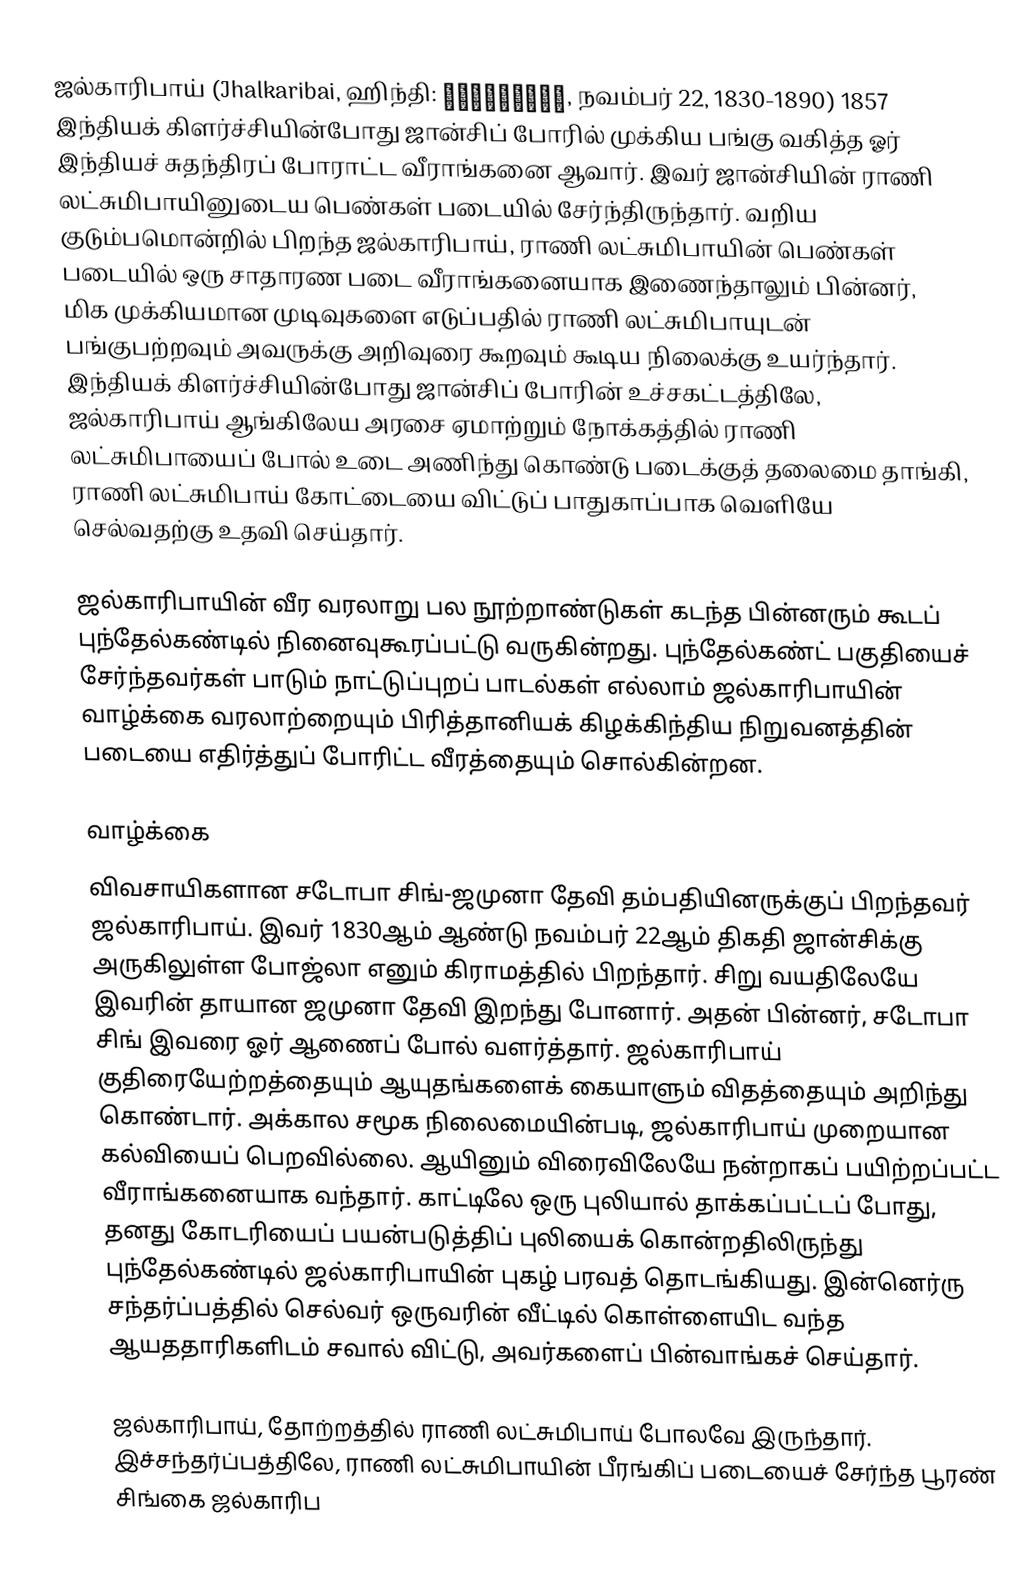
ஜல்காரிபாய் (Jhalkaribai, ஹிந்தி: झलकारीबाई, நவம்பர் 22, 1830-1890) 1857 இந்தியக் கிளர்ச்சியின்போது ஜான்சிப் போரில் முக்கிய பங்கு வகித்த ஓர் இந்தியச் சுதந்திரப் போராட்ட வீராங்கனை ஆவார். இவர் ஜான்சியின் ராணி லட்சுமிபாயினுடைய பெண்கள் படையில் சேர்ந்திருந்தார். வறிய குடும்பமொன்றில் பிறந்த ஜல்காரிபாய், ராணி லட்சுமிபாயின் பெண்கள் படையில் ஒரு சாதாரண படை வீராங்கனையாக இணைந்தாலும் பின்னர், மிக முக்கியமான முடிவுகளை எடுப்பதில் ராணி லட்சுமிபாயுடன் பங்குபற்றவும் அவருக்கு அறிவுரை கூறவும் கூடிய நிலைக்கு உயர்ந்தார். இந்தியக் கிளர்ச்சியின்போது ஜான்சிப் போரின் உச்சகட்டத்திலே, ஜல்காரிபாய் ஆங்கிலேய அரசை ஏமாற்றும் நோக்கத்தில் ராணி லட்சுமிபாயைப் போல் உடை அணிந்து கொண்டு படைக்குத் தலைமை தாங்கி, ராணி லட்சுமிபாய் கோட்டையை விட்டுப் பாதுகாப்பாக வெளியே செல்வதற்கு உதவி செய்தார்.

ஜல்காரிபாயின் வீர வரலாறு பல நூற்றாண்டுகள் கடந்த பின்னரும் கூடப் புந்தேல்கண்டில் நினைவுகூரப்பட்டு வருகின்றது. புந்தேல்கண்ட் பகுதியைச் சேர்ந்தவர்கள் பாடும் நாட்டுப்புறப் பாடல்கள் எல்லாம் ஜல்காரிபாயின் வாழ்க்கை வரலாற்றையும் பிரித்தானியக் கிழக்கிந்திய நிறுவனத்தின் படையை எதிர்த்துப் போரிட்ட வீரத்தையும் சொல்கின்றன.

வாழ்க்கை
விவசாயிகளான சடோபா சிங்-ஜமுனா தேவி தம்பதியினருக்குப் பிறந்தவர் ஜல்காரிபாய். இவர் 1830ஆம் ஆண்டு நவம்பர் 22ஆம் திகதி ஜான்சிக்கு அருகிலுள்ள போஜ்லா எனும் கிராமத்தில் பிறந்தார். சிறு வயதிலேயே இவரின் தாயான ஜமுனா தேவி இறந்து போனார். அதன் பின்னர், சடோபா சிங் இவரை ஓர் ஆணைப் போல் வளர்த்தார். ஜல்காரிபாய் குதிரையேற்றத்தையும் ஆயுதங்களைக் கையாளும் விதத்தையும் அறிந்து கொண்டார். அக்கால சமூக நிலைமையின்படி, ஜல்காரிபாய் முறையான கல்வியைப் பெறவில்லை. ஆயினும் விரைவிலேயே நன்றாகப் பயிற்றப்பட்ட வீராங்கனையாக வந்தார். காட்டிலே ஒரு புலியால் தாக்கப்பட்டப் போது, தனது கோடரியைப் பயன்படுத்திப் புலியைக் கொன்றதிலிருந்து புந்தேல்கண்டில் ஜல்காரிபாயின் புகழ் பரவத் தொடங்கியது. இன்னெர்ரு சந்தர்ப்பத்தில் செல்வர் ஒருவரின் வீட்டில் கொள்ளையிட வந்த ஆயததாரிகளிடம் சவால் விட்டு, அவர்களைப் பின்வாங்கச் செய்தார்.

ஜல்காரிபாய், தோற்றத்தில் ராணி லட்சுமிபாய் போலவே இருந்தார். இச்சந்தர்ப்பத்திலே, ராணி லட்சுமிபாயின் பீரங்கிப் படையைச் சேர்ந்த பூரண் சிங்கை ஜல்காரிப